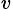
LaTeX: ^{v}